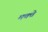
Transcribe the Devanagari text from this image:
मक्ते